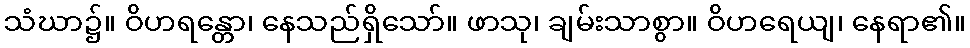
သံဃာ၌။ ဝိဟရန္တော၊ နေသည်ရှိသော်။ ဖာသု၊ ချမ်းသာစွာ။ ဝိဟရေယျ၊ နေရာ၏။